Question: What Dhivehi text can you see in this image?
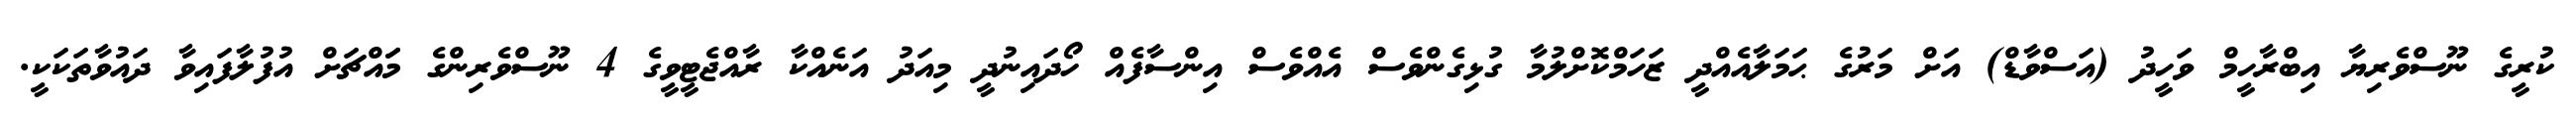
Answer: ކުރީގެ ނޫސްވެރިޔާ އިބްރާހީމް ވަހީދު (އަސްވާޑް) އަށް މަރުގެ ޙަމަލާއެއްދީ ޒަހަމްކޮށްލުމާ ގުޅިގެންވެސް އެއްވެސް އިންސާފެއް ހޯދައިނުދީ މިއަދު އަނެއްކާ ރާއްޖެޓީވީގެ 4 ނޫސްވެރިންގެ މަައްޗަށް އުފުލާފައިވާ ދައުވާތަކަކީ.